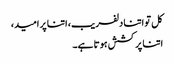
کل تو اتنا دلفریب، اتنا پر امید،
اتنا پر کشش ہوتا ہے۔